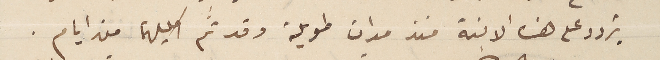
يتردد على هذه الابنة منذ مدات طويلة وقد تم اكليلهما من ايام.